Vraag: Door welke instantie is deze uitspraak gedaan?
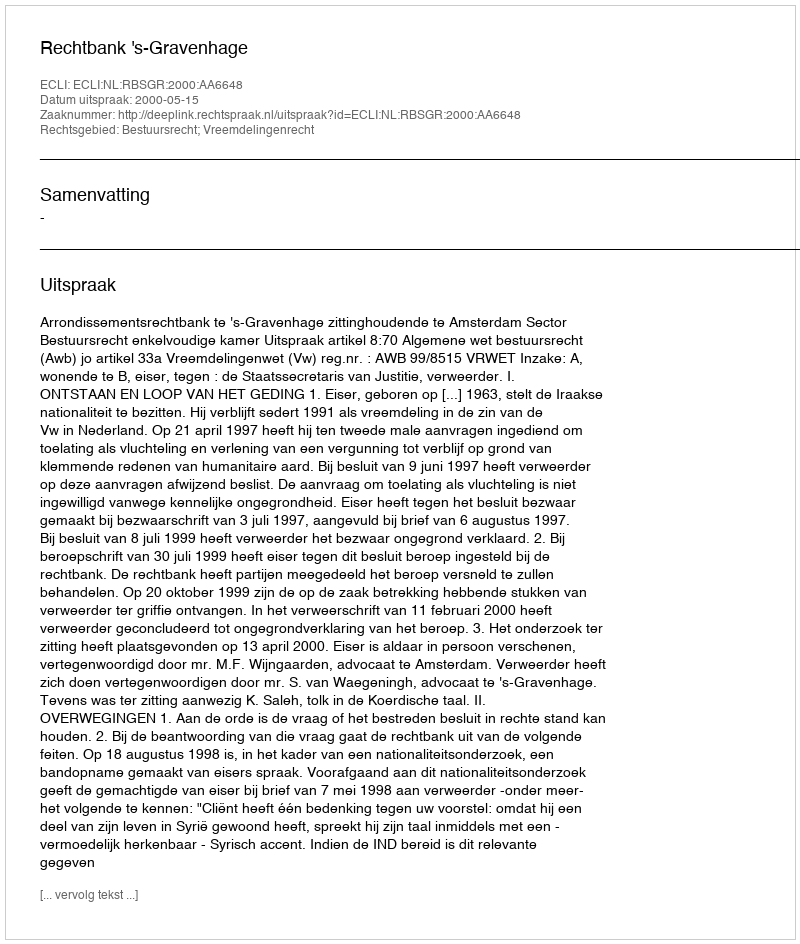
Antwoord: Rechtbank 's-Gravenhage